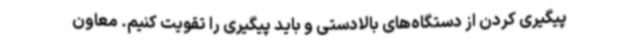
پیگیری کردن از دستگاه‌های بالادستی و باید پیگیری را تقویت کنیم. معاون